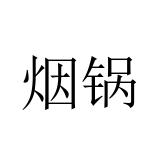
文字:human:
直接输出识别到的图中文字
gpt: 烟锅